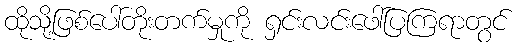
ထိုသို့ဖြစ်ပေါ်တိုးတက်မှုကို ရှင်းလင်းဖေါ်ပြကြရာတွင်